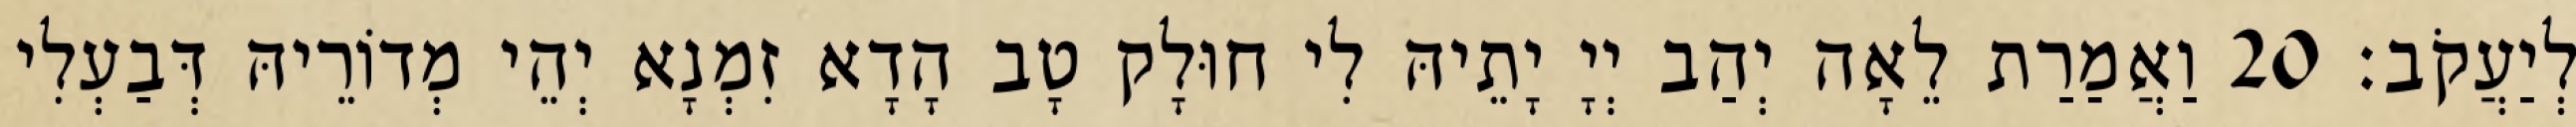
לְיַעֲקֹב׃ 20 וַאֲמַרַת לֵאָה יְהַב יְיָ יָתֵיהּ לִי חוּלָק טָב הָדָא זִמְנָא יְהֵי מְדוֹרֵיהּ דְּבַעְלִי